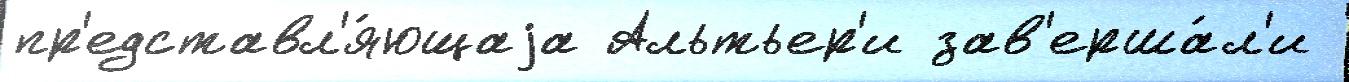
пр'едставл'я́ющаjа Альтьер'и зав'ерша́л'и